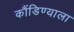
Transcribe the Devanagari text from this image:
कौंडिण्याला